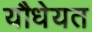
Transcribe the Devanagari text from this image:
यौधेयत